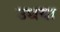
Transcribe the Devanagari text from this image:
उथया